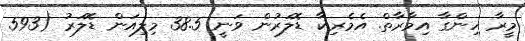
މީރާ ހިންގާ އިމާރާތް. އެމެރިކާ ޑޮލަރުން ވަނީ 38.5 މިލިއަން ޑޮލަރު (593